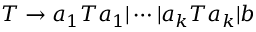
T \to a _ { 1 } T a _ { 1 } | \cdots | a _ { k } T a _ { k } | b